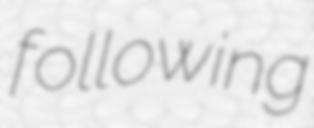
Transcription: following